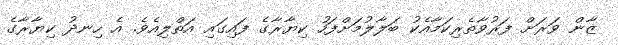
ޒާން ވަރަށް ފަރުވާތެރިކަމާއެކު ބަލާލުމަށްފަހު ކިޔާރާގެ ފައިގައި އަތްލިއެވެ. އެ ހިނދު ކިޔާރާގެ